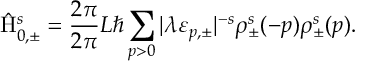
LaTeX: \hat { \mathrm { H } } _ { 0 , \pm } ^ { s } = \frac { 2 \pi } { 2 \pi } { L } \hbar \sum _ { p > 0 } | { \lambda } { \varepsilon } _ { p , \pm } | ^ { - s } { \rho } _ { \pm } ^ { s } ( - p ) { \rho } _ { \pm } ^ { s } ( p ) .